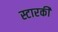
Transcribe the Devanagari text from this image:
स्टारकी